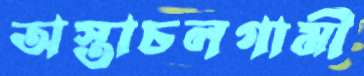
অস্তাচলগামী